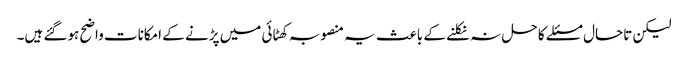
لیکن تاحال مسئلے کا حل نہ نکلنے کے باعث یہ منصوبہ کھٹائی میں پڑنے کے امکانات واضح ہوگئے ہیں۔